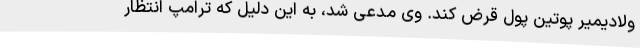
ولادیمیر پوتین پول قرض کند. وی مدعی شد، به این دلیل که ترامپ انتظار